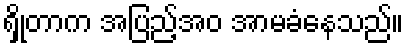
ရှိုတာက အပြည့်အဝ အာမခံနေသည်။